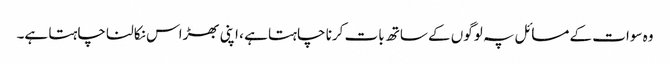
وہ سوات کے مسائل پہ لوگوں کے ساتھ بات کرنا چاہتا ہے ، اپنی بھڑاس نکالنا چاہتا ہے۔